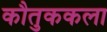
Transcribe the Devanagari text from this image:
कौतुककला